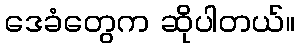
ဒေခံတွေက ဆိုပါတယ်။